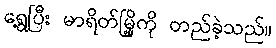
ရွေ့ပြီး မာရိတ်မြို့ကို တည်ခဲ့သည်။